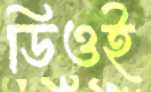
ডিওই